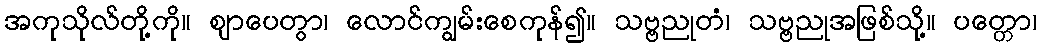
အကုသိုလ်တို့ကို။ ဈာပေတွာ၊ လောင်ကျွမ်းစေကုန်၍။ သဗ္ဗညုတံ၊ သဗ္ဗညုအဖြစ်သို့။ ပတ္တော၊